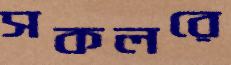
সকলরে